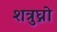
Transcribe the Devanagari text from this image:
शत्रुघ्नो